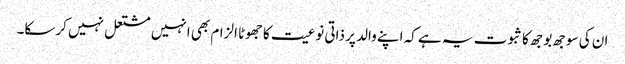
ان کی سوجھ بوجھ کا ثبوت یہ ہے کہ اپنے والد پر ذاتی نوعیت کا جھوٹا الزام بھی انہیں مشتعل نہیں کرسکا۔